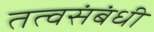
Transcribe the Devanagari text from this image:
तत्वसंबंधी